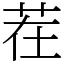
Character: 茬